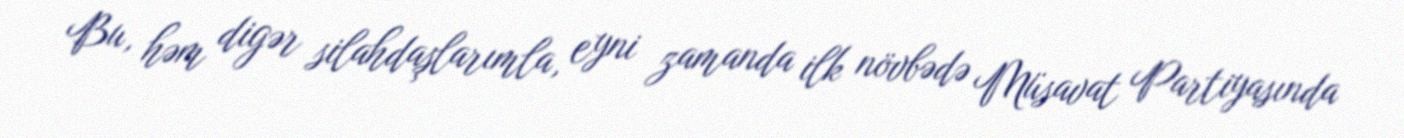
Bu, həm digər silahdaşlarımla, eyni zamanda ilk növbədə Müsavat Partiyasında